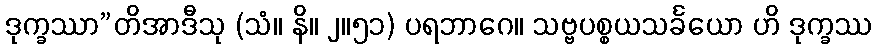
ဒုက္ခဿာ”တိအာဒီသု (သံ။ နိ။ ၂။၅၁) ပရဘာဂေ။ သဗ္ဗပစ္စယသင်္ခယော ဟိ ဒုက္ခဿ